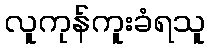
လူကုန်ကူးခံရသူ